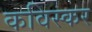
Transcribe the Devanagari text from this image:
कविस्कर